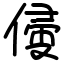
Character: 㑴